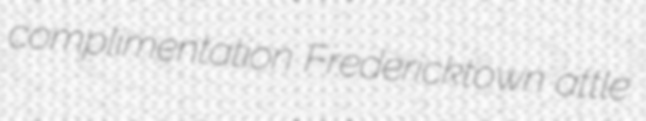
complimentation Fredericktown attle